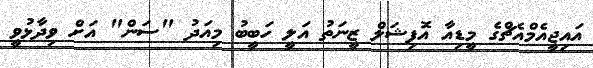
އައިޖީއެމްއެޗްގެ މީޑިއާ އޮފިޝަލް ޒީނަތު އަލީ ހަބީބު މިއަދު "ސަން" އަށް ވިދާޅުވީ